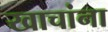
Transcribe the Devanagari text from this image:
खाचांना